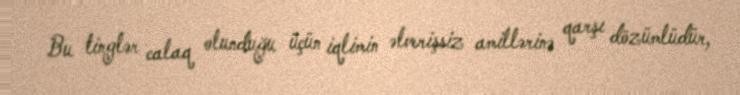
Bu tinglər calaq olunduğu üçün iqlimin əlverişsiz amillərinə qarşı dözümlüdür,